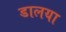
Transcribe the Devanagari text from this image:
डालया